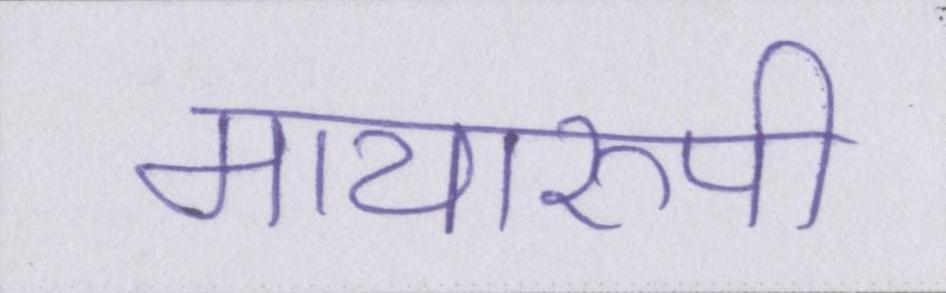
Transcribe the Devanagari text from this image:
मायारुपी